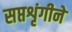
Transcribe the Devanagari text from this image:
सप्तशृंगीने